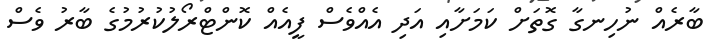
ބާރެއް ނުހިނގާ ގޮތަށް ކަމަށާއި އަދި އެއްވެސް ފީއެއް ކޮންޓްރޯލުކުރުމުގެ ބާރު ވެސް